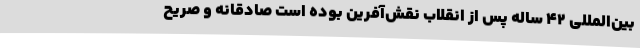
بین‌المللی ۴۲ سالهٔ پس از انقلاب نقش‌آفرین بوده است صادقانه و صریح